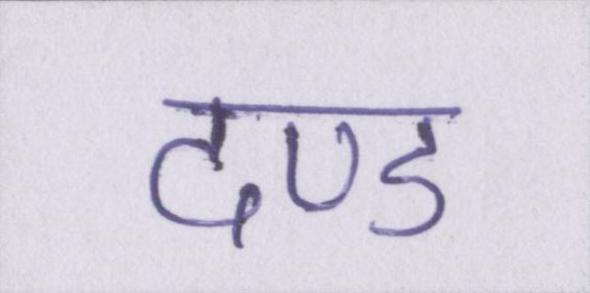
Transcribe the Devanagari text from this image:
दण्ड